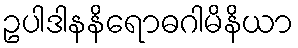
ဥပါဒါနနိရောဓဂါမိနိယာ